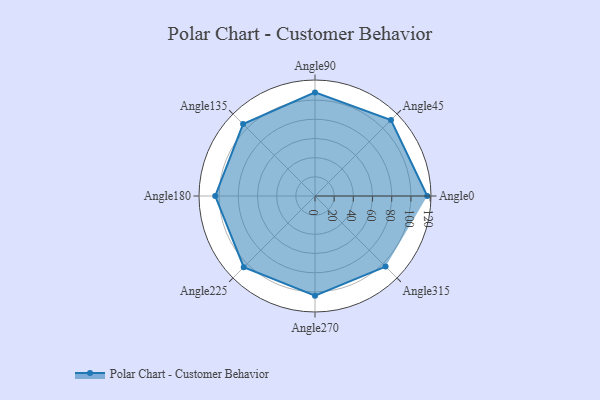
{"axis": {"x": "Angle", "y": "Radius"}, "legend": [""], "data": [{"x": "Angle0", "y": 117.0, "type": ""}, {"x": "Angle45", "y": 112.0, "type": ""}, {"x": "Angle90", "y": 108.0, "type": ""}, {"x": "Angle135", "y": 106.0, "type": ""}, {"x": "Angle180", "y": 104.0, "type": ""}, {"x": "Angle225", "y": 105.0, "type": ""}, {"x": "Angle270", "y": 104.0, "type": ""}, {"x": "Angle315", "y": 104.0, "type": ""}]}